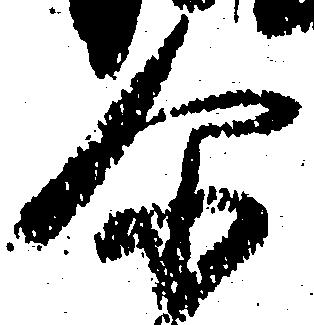
尓